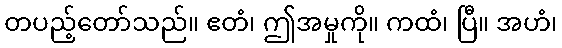
တပည့်တော်သည်။ ဧတံ၊ ဤအမှုကို။ ကထံ၊ ပြီ။ အဟံ၊